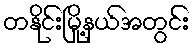
တနိုင်းမြို့နယ်အတွင်း